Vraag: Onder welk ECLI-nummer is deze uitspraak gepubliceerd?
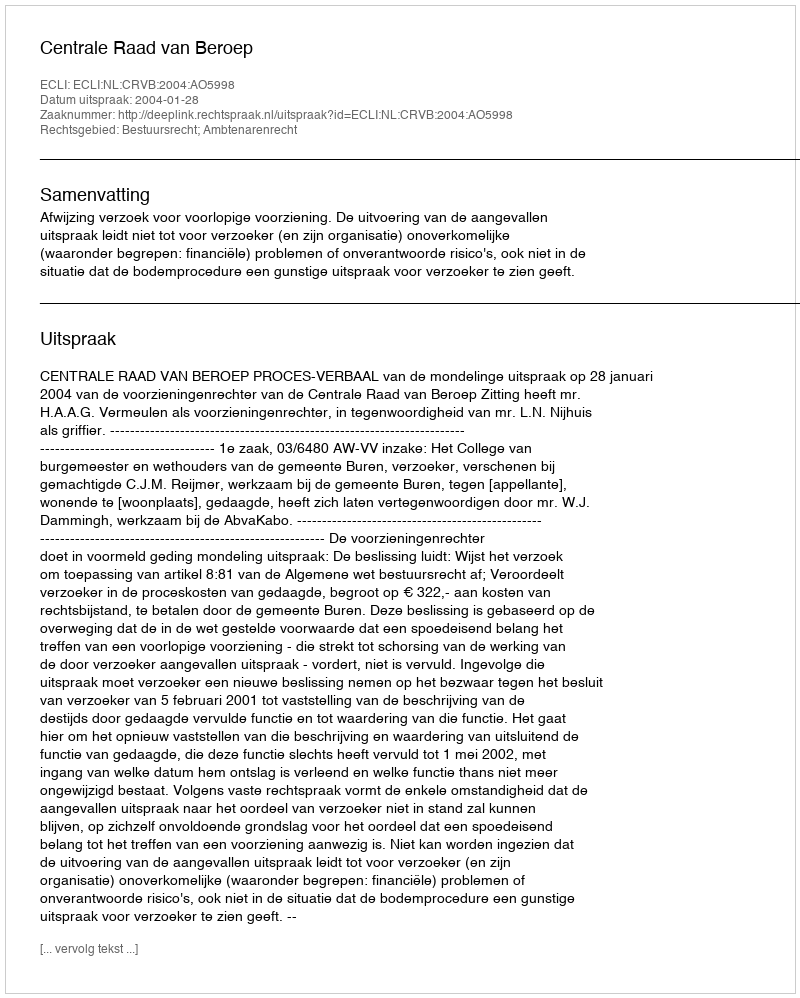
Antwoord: ECLI:NL:CRVB:2004:AO5998